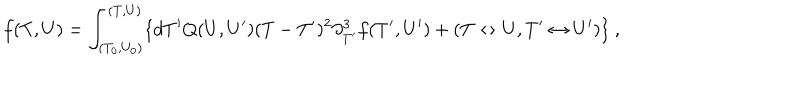
LaTeX: f ( T , U ) = \int _ { ( T _ { 0 } , U _ { 0 } ) } ^ { ( T , U ) } \{ d T ^ { \prime } Q ( U , U ^ { \prime } ) ( T - T ^ { \prime } ) ^ { 2 } \partial _ { T ^ { \prime } } ^ { 3 } f ( T ^ { \prime } , U ^ { \prime } ) + ( T \leftrightarrow U , T ^ { \prime } \leftrightarrow U ^ { \prime } ) \} \ ,